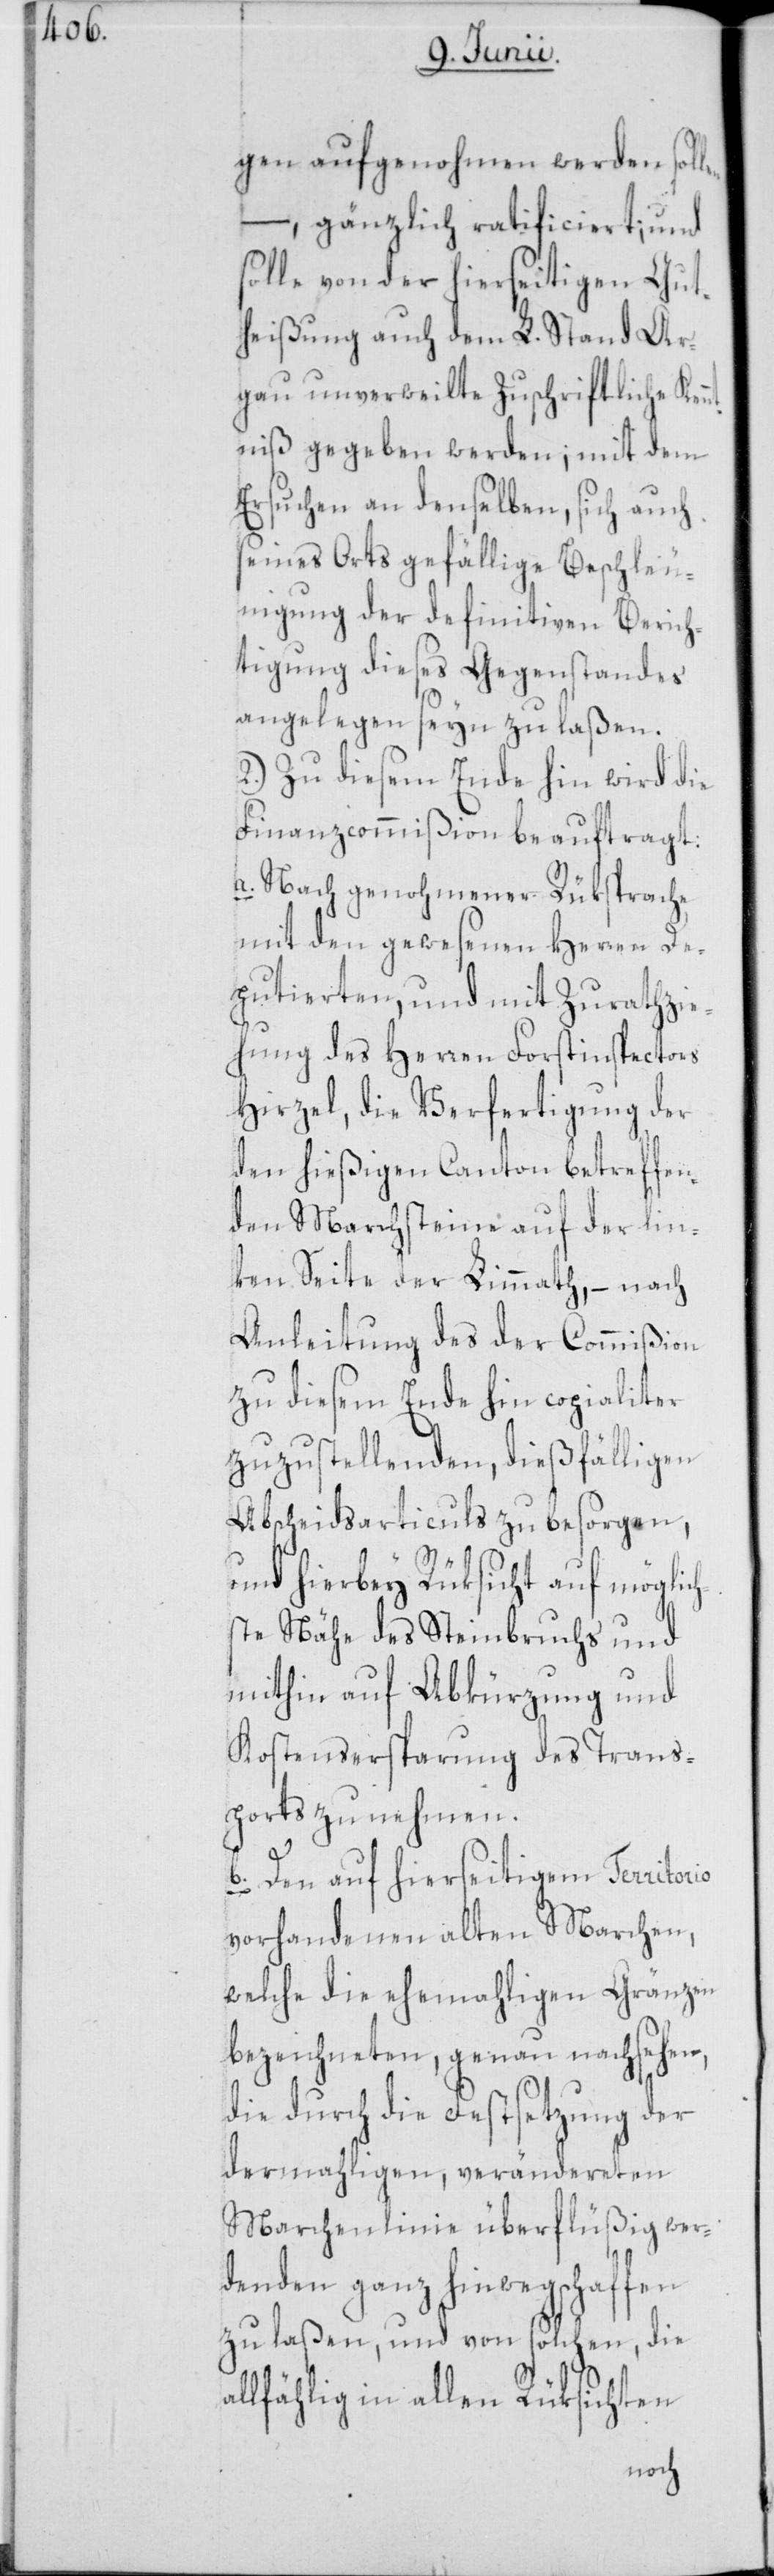
gen aufgenohmen werden soll¬
en –, gänzlich ratificiert; und
solle von der hierseitigen Gut¬
heißung auch dem L. Stand Ar¬
gau unverweilte Zuschriftliche Ken¬
ntniß gegeben werden; mit dem
Ersuchen an denselben, sich auch
seines Orts gefällige Beschleu¬
nigung der definitiven Berich¬
tigung dieses Gegenstandes
angelegen seyn zu laßen.
2.) Zu diesem Ende hin wird die
Finanzcommißion beauftragt:
a. Nach genohmener Rüksprache
mit den gewesenen Herren De¬
putierten, und mit Zurathzie¬
hung des Herren Forstinspectors
Hirzel, die Verfertigung der
den hießigen Canton betreffen¬
den Marchsteine auf der lin¬
ken Seite der Limmaht, – nach
Anleitung des der Commißion
zu diesem Ende hin copialiter
zuzustellenden, dießfälligen
Abscheidsarticuls zu besorgen,
und hierbey Rüksicht auf möglich¬
ste Nähe des Steinbruchs und
mithin auf Abkürzung und
Kostensersparung des Trans¬
ports zu nehmen.
b. Den auf hierseitigem Territorio
vorhandenen alten Marchen,
welche die ehemahligen Gränzen
bezeichneten, genau nachsehen,
die durch die Festsetzung der
dermahligen, verändereten
Marchenlinie überflüßig wer¬
denden ganz hinwegschaffen
zu laßen, und von solchen, die
allfählig in allen Rüksichten